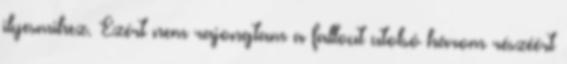
ilyesmihez. Ezért nem rajongtam a fallout utolsó három részéért